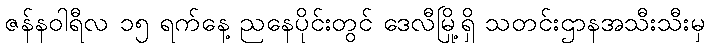
ဇန်နဝါရီလ ၁၅ ရက်နေ့ ညနေပိုင်းတွင် ဒေလီမြို့ရှိ သတင်းဌာနအသီးသီးမှ